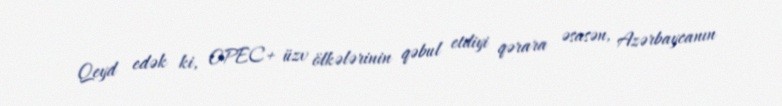
Qeyd edək ki, OPEC+ üzv ölkələrinin qəbul etdiyi qərara əsasən, Azərbaycanın